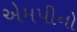
એમપીનો